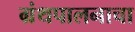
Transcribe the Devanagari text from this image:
ग्रंथपालनाचा